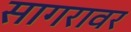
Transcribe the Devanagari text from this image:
सागरावर